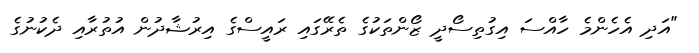
"އަދި އެހެންމެ ހާއްސަ އިގުތިސޯދީ ޒޯންތަކުގެ ތެރޭގައި ރައީސްގެ އިރުޝާދުން އުތުރާއި ދެކުނުގެ